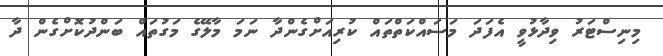
މިނިސްޓަރު ވިދާޅުވީ އެފަދަ މަސައްކަތްތައް ކުރިއަށްގެންދާ ނަމަ މާލޭގެ މަގުތައް ބަންދުކޮށްގެން ދާ